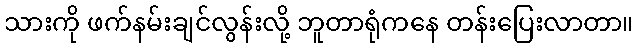
သားကို ဖက်နမ်းချင်လွန်းလို့ ဘူတာရုံကနေ တန်းပြေးလာတာ။